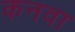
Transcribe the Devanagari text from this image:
कनवा